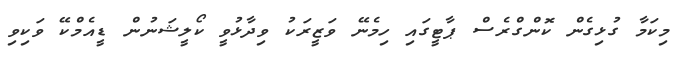
މިކަމާ ގުޅިގެން ކޮންގްރެސް ޕާޓީގައި ހިމެނޭ ވަޒީރަކު ވިދާޅުވީ ކޯލީޝަނުން ޑީއެމްކޭ ވަކިވި